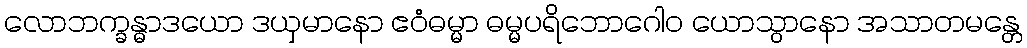
လောဘက္ခန္ဓာဒယော ဒယှမာနော ဧဝံဓမ္မာ ဓမ္မပရိဘောဂေါဝ ယောသွာနော အသာတမန္တေ